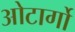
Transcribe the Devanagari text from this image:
ओटार्गो